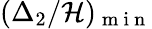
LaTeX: (\Delta_{2}/\mathcal{H})_{\mathrm{{~m~i~n~}}}